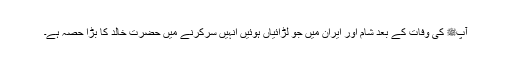
آپﷺ کی وفات کے بعد شام اور ایران میں جو لڑائیاں ہوئیں انہیں سرکرنے میں حضرت خالدؓ کا بڑا حصہ ہے۔